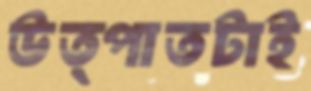
উত্পাতটাই